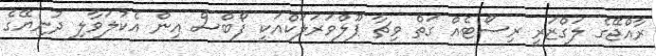
ރާއްޖޭގެ ލަގްޒަރީ ރިސޯޓެއް ގަތް ވިޗާ ޕޫލްވަރަލަކްއަކީ ފޯބްސް އިން އެކުލަވާލި ދުނިޔޭގެ